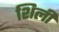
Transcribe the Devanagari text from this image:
शिर्ली